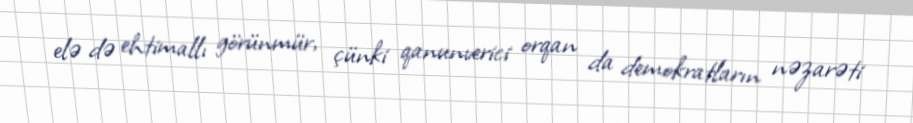
elə də ehtimallı görünmür, çünki qanunverici orqan da demokratların nəzarəti